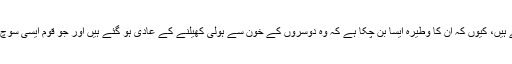
جہاں نہ ہی لوگ امن وچین کی زندگی گزار رہے ہیں اور نہ ہی گزار سکتے ہیں، کیوں کہ ان کا وطیرہ ایسا بن چکا ہے کہ وہ دوسروں کے خون سے ہولی کھیلنے کے عادی ہو گئے ہیں اور جو قوم ایسی سوچ کی قائل اور اس پر عمل پیرا بھی ہو وہ قوم امن وچین پائے تو کیسے پائے؟